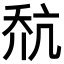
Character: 𪜎